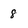
Character: 8